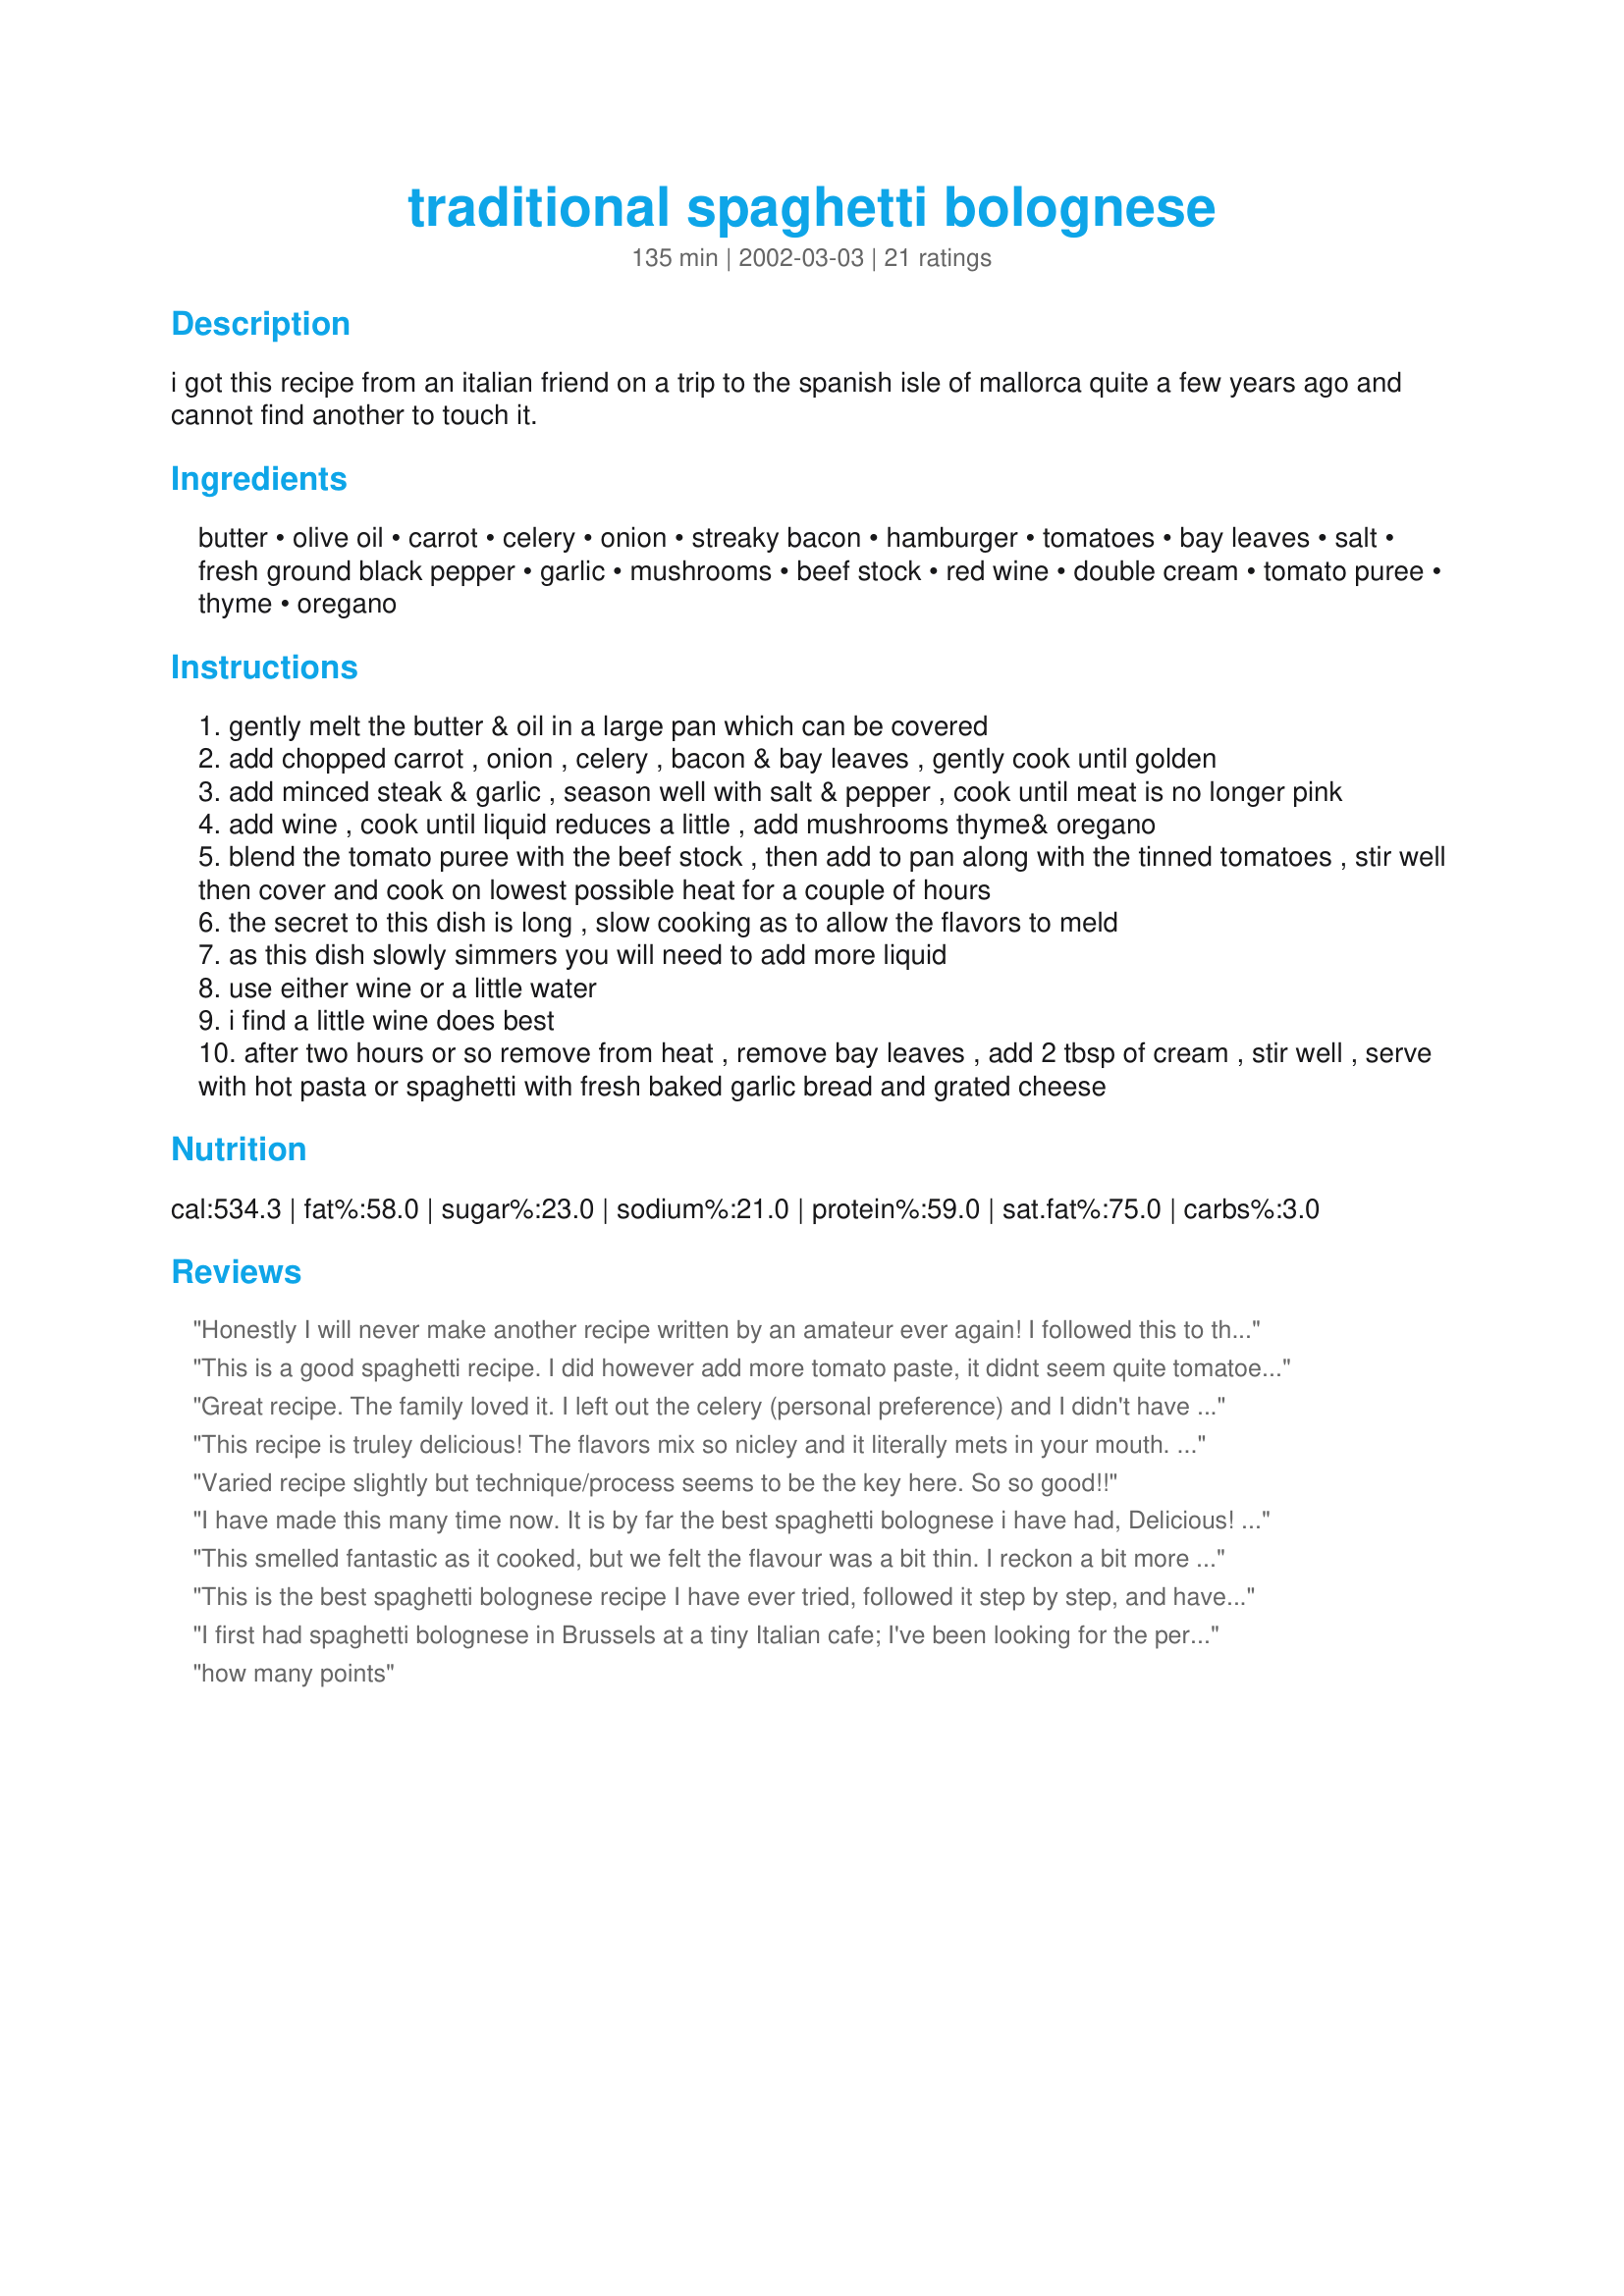
traditional spaghetti bolognese
Preparation time: 135 minutes

i got this recipe from an italian friend on a trip to the spanish isle of mallorca quite a few years ago and cannot find another to touch it.

Ingredients:
butter, olive oil, carrot, celery, onion, streaky bacon, hamburger, tomatoes, bay leaves, salt, fresh ground black pepper, garlic, mushrooms, beef stock, red wine, double cream, tomato puree, thyme, oregano

Steps:
gently melt the butter & oil in a large pan which can be covered
add chopped carrot , onion , celery , bacon & bay leaves , gently cook until golden
add minced steak & garlic , season well with salt & pepper , cook until meat is no longer pink
add wine , cook until liquid reduces a little , add mushrooms thyme& oregano
blend the tomato puree with the beef stock , then add to pan along with the tinned tomatoes , stir well then cover and cook on lowest possible heat for a couple of hours
the secret to this dish is long , slow cooking as to allow the flavors to meld
as this dish slowly simmers you will need to add more liquid
use either wine or a little water
i find a little wine does best
after two hours or so remove from heat , remove bay leaves , add 2 tbsp of cream , stir well , serve with hot pasta or spaghetti with fresh baked garlic bread and grated cheese

Reviews:
Honestly I will never make another recipe written by an amateur ever again! I followed this to the letter and it was so GREASY! I gave half to a friend who likes good food as well and this recipe was not &#039;fresh&#039; tasting at all. Will not make this again needless to say!
This is a good spaghetti recipe. I did however add more tomato paste, it didnt seem quite tomatoey enough. Also I didn't have cream so I put 2Tbsp of milk in.. was still nice. Thanks for this one fireball :)
Great recipe. The family loved it. I left out the celery (personal preference) and I didn't have any mushrooms or red wine so I threw in a dash of Worcestershire sauce & some basil, also, because my kids are so fussy, I use onion flakes & minced garlic and grated the carrot. I added some Tomato Paste but I don't think it really needed it. Because of time restraints, I simmered the sauce for only 1/2 an hour. This is the kind of recipe that you can throw extras in to suit your taste. I dished this up with some grated cheese & sour cream on top. I'll keep this recipe for regular use. Thanks Fireball :)
This recipe is truley delicious! The flavors mix so nicley and it literally mets in your mouth. Thank you for the recipe! I will be making this again as the cold months approach.
Varied recipe slightly but technique/process seems to be the key here. So so good!!
I have made this many time now. It is by far the best spaghetti bolognese i have had, Delicious! Thanks for posting.
This smelled fantastic as it cooked, but we felt the flavour was a bit thin. I reckon a bit more tomato puree or even some paste would have given it a bit more body. Also thought the directions regarding what to do with onions, carrots, garlic (how to chop etc) were a bit vague for a first time cook especially.
This is the best spaghetti bolognese recipe I have ever tried, followed it step by step, and have served to family, and friends, they just love it, and of course so do I...Anyone can make it, follow the steps, and your guests will think you are a Master Chef
I first had spaghetti bolognese in Brussels at a tiny Italian cafe; I've been looking for the perfect recipe to make this ever since. Now I have found it! This is SO tasty! I went and saut?ed the vegetables in the bacon drippings. I pur?ed all the veggies in my food processor. Next time I will probably add some red pepper flakes (personal preference). LOVE this and THANK you for a great recipe!
how many points
This is fantasitc! Great for lasagna too. I have tried other ground meats and like a mix of beef and pork the best.
only deviation i made was to leave the mushrooms out of the recipe - but saute a batch of button mushrooms in butter,garlic and fresh basil, and serve along side. &lt;br/&gt;Also, got a bag of those small pointy orange peppers we are seeing on market stalls nowadays - &lt;br/&gt;sliced 3rd way round the top,[ as if you were going to slice the top of to make a lid, but just slice about 3rd of way round..] then root the seeds &amp; white core out with a small paring knife, then push in a 1x1 1/2 inch peice of cheese (of ur choice), then roast a few for about 20-30mins, in oven,190c,. - then serve along side bolognase &amp; mushrooms. pile of you fav salad..goes without saying!!!&lt;br/&gt;&lt;br/&gt;thanks for this receipe.
After watching Julia Roberts gorge herself on awesome looking Italian morsels in "Eat, Pray, Love" I was on a mission to make something authentic. I did change a few things. I used 2 carrots, 1 celery stalk (both of which I ran through the food processor so I wouldn't have "chunks") I also ran my tomatoes through the food processor slightly - again - not a fan of "chunks." I left out the mushrooms. I used beef bouillon instead of stock. I used 1/2 cup marsala for the wine. I added 1 can of tomato sauce because it didn't seem to be tomato-y enough for me. I simmered for 2.5 hours - since I had added the tomato sauce, I didn't have to add any additional liquids and I cooked it uncovered - in a cast iron dutch oven. Not sure how I will ever be able to eat bolognese sauce anywhere else now. This is delizioso!
We don&#039;t usually eat meat these days but I made this because I thought my 8 month old might like it .... and it was delicious! Enjoyed by the whole family :) Thank you for the lovely recipe.
I have many italian freinds and have enjoyed this dish numerous times over the years and I thought your recipe was very good. I cooked it exact to your recipe and we always add chilli flakes and freshly grated parmesan cheese to serve. It was yummy. Thank you.
My husband is the pasta cook out of the two of us, I just don't touch italian recipes but he was working late and wanted spag bol so I reluctantly agreed to make it. Came on recipezaar to get the highest rating recipe and here it was - I cooked it without celery (didn't have it), and didn't have mushrooms so used a mushroom stock cube. To fireball's credit I am now chef spag bol maker - my husband said it was the best he had tasted and he was no longer making it, so not sure whether to say thanks or not LOL but it was delicious - cooked it for hours, and it tasted amazing the next day too. Am about to make it now for New years eve, it's his favourite dish (have cooked it a couple of times). Hearty, flavoursome and well worth the effort. Thank you.
Very very good, slooooow is best.
I find one can add more tomato puree, but otherwise excellent.
I wasn't particularly fond of this recipe. I think when I increased the serving size the wine was too much. Perhaps it would have been fine just the way as presented.
Didn’t have to tweak this recipe absolutely fantastic the next weekend I need double the amount and froze it down
Totally great recipe! My Dad was a Chef. When he married my Mom she was cooking with books and he used to tell her to throw the Da&amp;% cookbooks away, thats not how you learn to cook!&quot; Apparently that attitude is genetic as I'm not one to let well enough alone. My end result was very much your recipe with the small additions of a bit more tomato paste, fresh peeled, chopped Roma tomatoes and 4 slices Black Forest bacon (which was an inspired addition If I do say so myself)! My ground beef was super lean, in fact too lean I think at 5% so I add about a 1/3 lb sweet Italian pork sausage. The end result was still very much your recipe and Devine! First time I've actually made a classic Bolognese, always do my own spicy hot Italian sauce but a friend cooked a similar recipe and I loved it! Great work Fireball, you Rock in the kitchen! :-))
I've cooked this a few times now and it's the best spag bol recipe I've ever used.
I tend to fry the mince on it's own before adding it to the veg. I also add extra tom puree and worcester sauce.
I make huge batches, then bag it off and freeze it in portions. That way we just take it out of the freezer in the morning, and heat it up in the evening when we get back from work.
